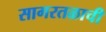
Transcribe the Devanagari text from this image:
सागरतळाची